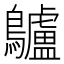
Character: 𪈒